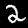
Digit: 2